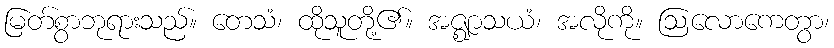
မြတ်စွာဘုရားသည်။ တေသံ၊ ထိုသူတို့၏။ အဇ္ဈာသယံ၊ အလိုကို။ ဩလောကေတွာ၊